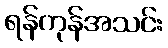
ရန်ကုန်အသင်း